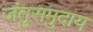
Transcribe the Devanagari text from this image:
जंतुसमुदाय